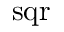
\operatorname { s q r }